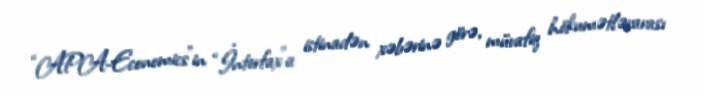
“APA-Economics”in “İnterfax”a istinadən xəbərinə görə, müvafiq hökumətlərarası